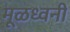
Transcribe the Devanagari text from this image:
मूळध्वनी